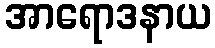
အာရောဒနာယ